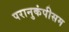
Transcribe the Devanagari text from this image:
परानुकंपीसम